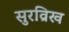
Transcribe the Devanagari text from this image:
सुरव्रिख